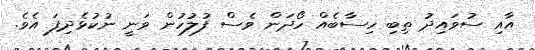
އާއި ސުވައިދު ތިބި ހިސާބެއް ހޯދަން ވެސް ފުލުހުން ވަނީ ނުކުޅެދިފަ އެވެ.